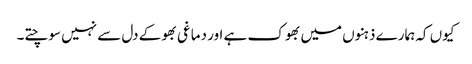
کیوں کہ ہمارے ذہنوں میں بھوک ہے اور دماغی بھوکے دل سے نہیں سوچتے۔